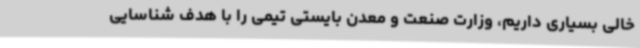
خالی بسیاری داریم، وزارت صنعت و معدن بایستی تیمی را با هدف شناسایی